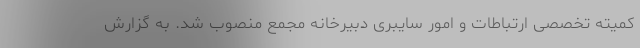
کمیته تخصصی ارتباطات و امور سایبری دبیرخانه مجمع منصوب شد. به گزارش